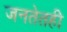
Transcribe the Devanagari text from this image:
जनतेतही